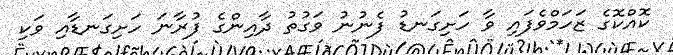
ކޮއްކޮގެ ޒަހަމްވެފައި ވާ ހަށިގަނޑު ފެނުނު ވަގުތު ދާއިންގެ ފުރާނަ ހަށިގަނޑާއި ވަކި